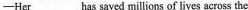
-Her______has saved millions of lives acros the